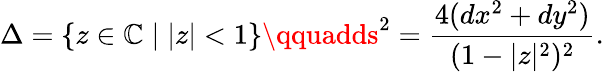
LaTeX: \Delta=\{ z\in\mathbb{C}\mid|z|<1\} \qquadds^{2}=\frac{{4(dx^{2}+dy^{2})}}{{(1-|z|^{2})^{2}}}.